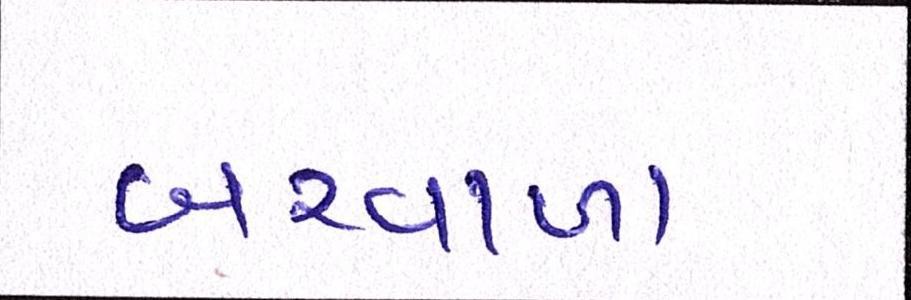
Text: બરવાળા